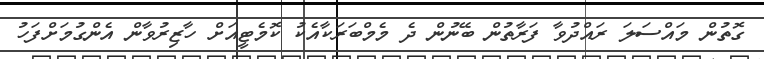
ގޮތުން މައްސަލަ ރައްދުވާ ފަރާތުން ބޭނުން ދެ މެމްބަރަކާއެކު ކޮމެޓީއަށް ހާޒިރުވާން އެންގުމަށްފަހު